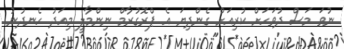
ނުވަ މަސް ދުވަހަށް ކުރިއަށް ގެންދިޔަ އެ ޕްރޮގުރާމް ނިންމާލީ މިއަދު ހެނދުނު